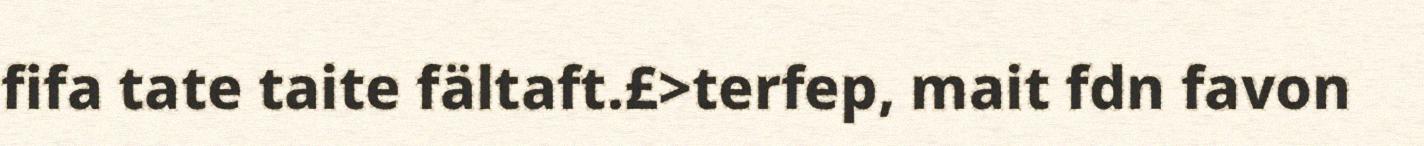
fifa tate taite fältaft.£>terfep, mait fdn favon